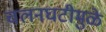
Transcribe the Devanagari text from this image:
चलनघटीमुळे